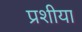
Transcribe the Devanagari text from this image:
प्रशीया